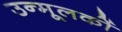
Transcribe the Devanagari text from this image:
उन्मूलकों